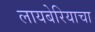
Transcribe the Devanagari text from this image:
लायबेरियाचा